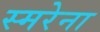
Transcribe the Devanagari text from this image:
स्मरेना